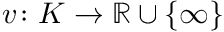
v \colon K \to \mathbb { R } \cup \{ \infty \}